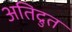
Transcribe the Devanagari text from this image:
अतिद्रुत